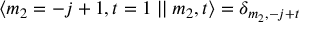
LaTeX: \langle m _ { 2 } = - j + 1 , t = 1 \mid \mid m _ { 2 } , t \rangle = \delta _ { m _ { 2 } , - j + t }